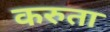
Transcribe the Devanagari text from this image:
करुता